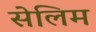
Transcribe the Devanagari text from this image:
सेलिम